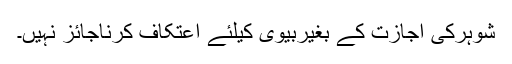
شوہرکی اجازت کے بِغیربیوی کیلئے اِعْتِکاف کرناجائز نہیں۔